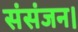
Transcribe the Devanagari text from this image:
संसंजन।